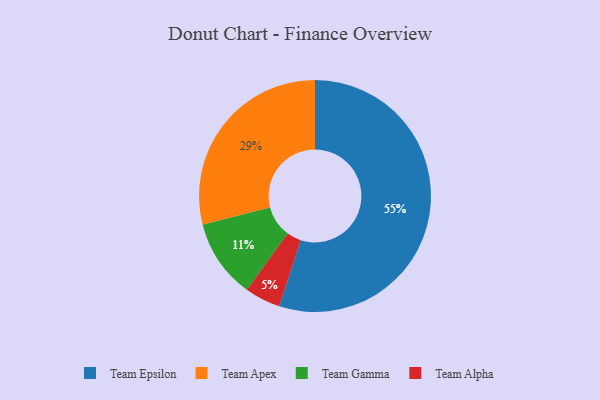
{"axis": {"x": "Category", "y": "Percentage"}, "legend": ["Team Alpha", "Team Apex", "Team Epsilon", "Team Gamma"], "data": [{"x": "Team Apex", "y": 29, "type": "Team Apex"}, {"x": "Team Gamma", "y": 11, "type": "Team Gamma"}, {"x": "Team Alpha", "y": 5, "type": "Team Alpha"}, {"x": "Team Epsilon", "y": 55, "type": "Team Epsilon"}]}